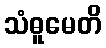
သံဓူမေတိ